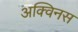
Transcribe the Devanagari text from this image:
अक्विनस